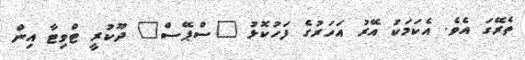
ތެރޭގަ އެވެ. އެކަމަކު އޭރު އަހަރުގެ ފަހުކޮޅު "ސްޕޭސް" ދޫކުރީ ޓްވިޓާ އިން